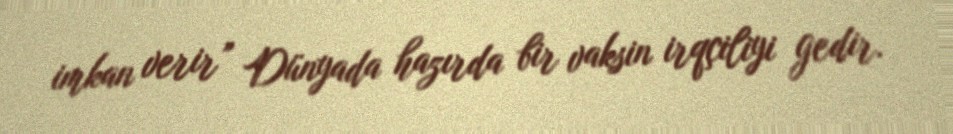
imkan verir” Dünyada hazırda bir vaksin irqçiliyi gedir.